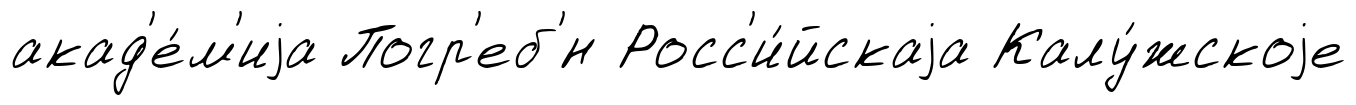
акад'е́м'иjа Погр'еб'́н Росс'и́йскаjа Калу́жскоjе